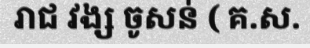
រាជ វង្ស ចូសន់ ( គ.ស.